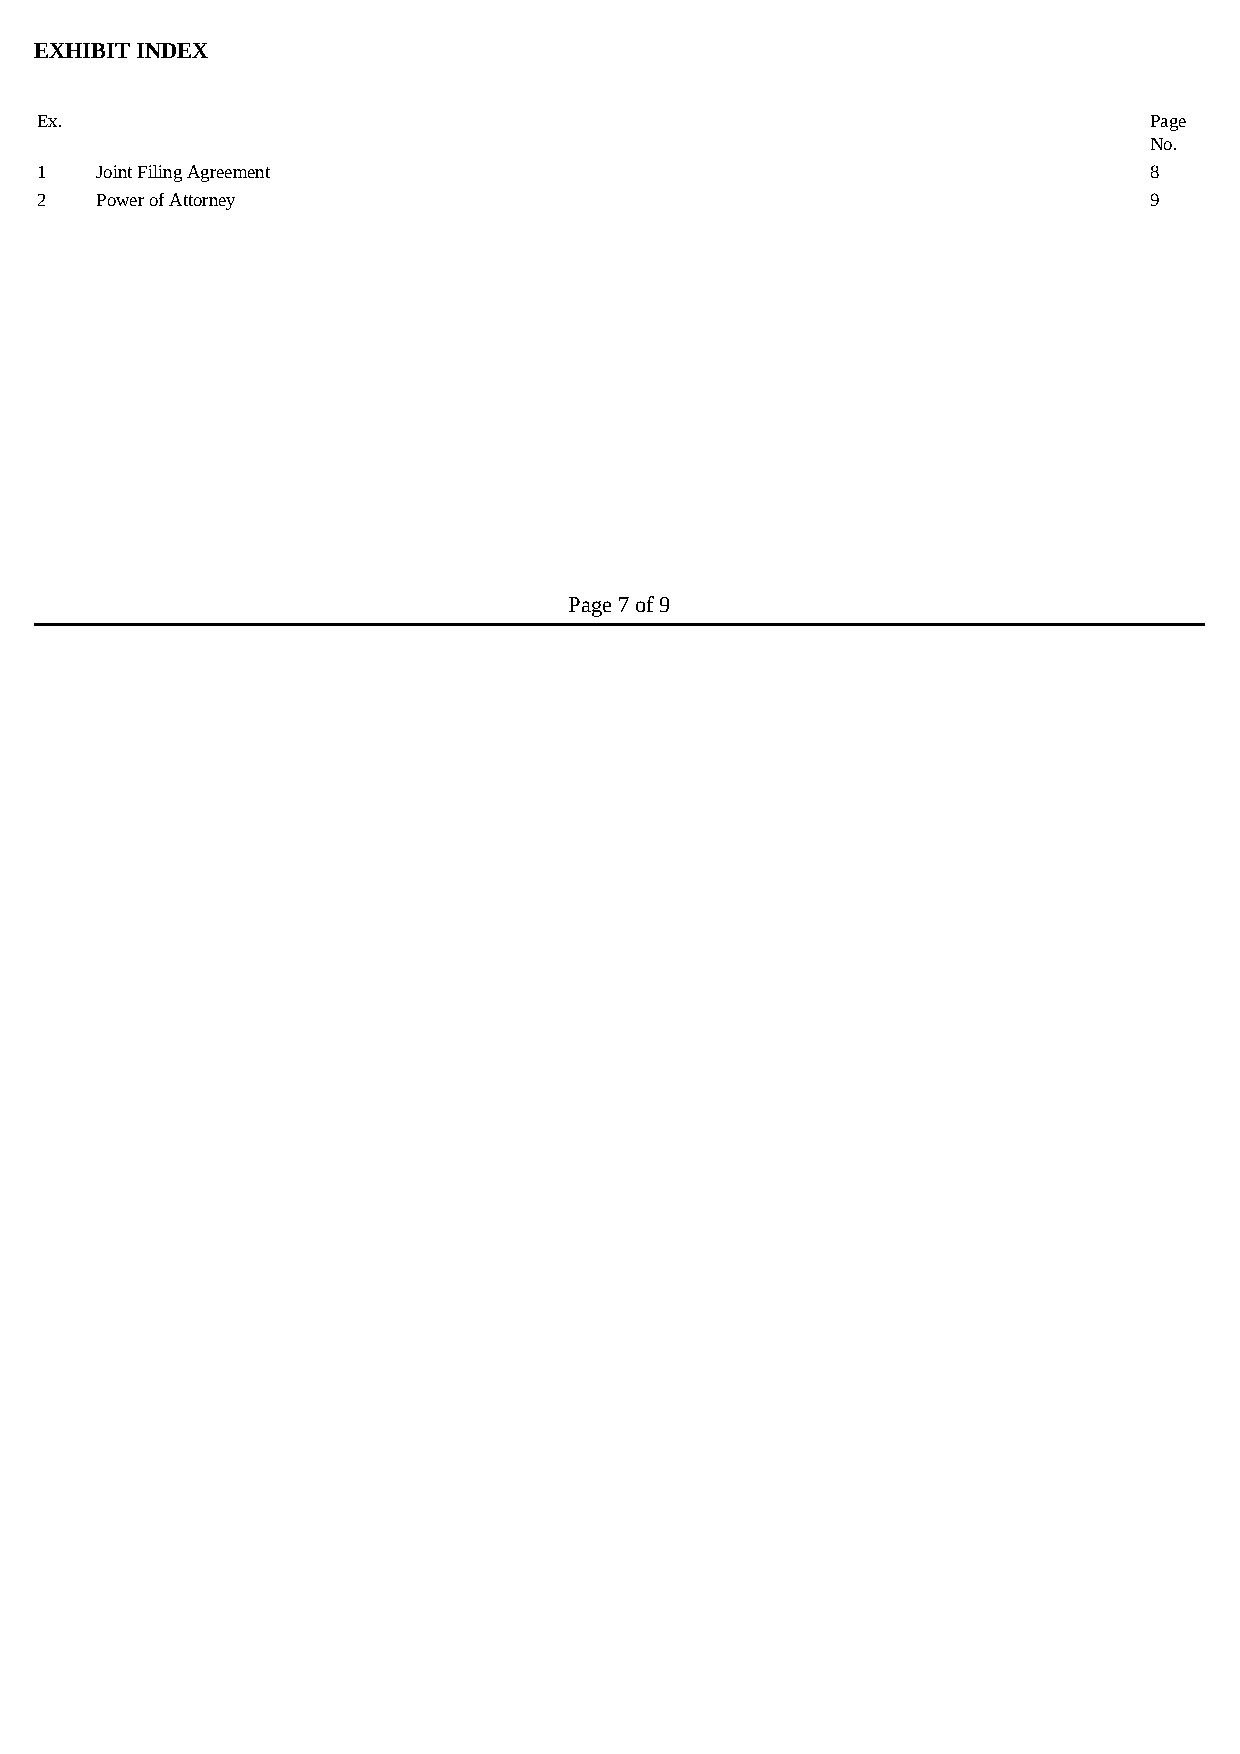
EXHIBIT INDEX
 Ex.                                                                       Page
 No.
 1   Joint Filing Agreement                                                8
 2   Power of Attorney                                                     9
 Page 7 of 9